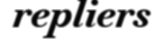
repliers